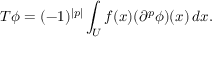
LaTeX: T \phi = ( - 1 ) ^ { | p | } \int _ { U } f ( x ) ( \partial ^ { p } \phi ) ( x ) \, d x .